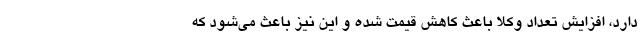
دارد، افزایش تعداد وکلا باعث کاهش قیمت شده و این نیز باعث می‌شود که